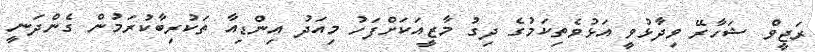
ރަޖީވް ޝަހާރޭ ވިދާޅުވީ އަޅުވެތިކަމުގެ ދިގު މާޒީއަކަށްފަހު މިއަދު އިންޑިއާ ތަކުރިބާކުރަމުން ގެންދަނީ